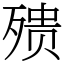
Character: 㱮